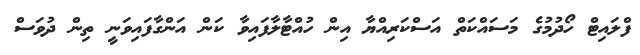
ފްލައިޓް ހޯދުމުގެ މަސައްކަތް އަސްކަރިއްޔާ އިން ހުއްޓާލާފައިވާ ކަން އަންގާފައިވަނީ ތިން ދުވަސް